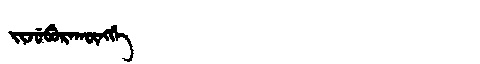
Manchu: ᠵᡳᠵᡠᠪᡠᡵᠠᡴᡡᠩᡤᡝ
Romanization: JIJUBURAKŪNGGE